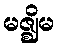
မဇ္ဈိမ